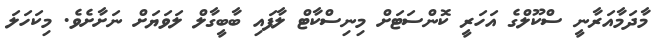
މާދަމާއަރާނީ ސްކޫލްގެ އަހަރީ ކޮންސަޓަށް މިނިސްކާޓް ލާފައި ބާބީގާލް ލަވަޔަށް ނަށާށެވެ. މިކަހަލަ